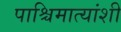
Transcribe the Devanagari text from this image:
पाश्चिमात्यांशी